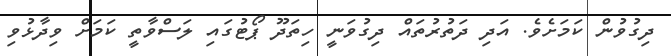
ދިގުވުން ކަމަށެވެ. އަދި ދަތުރުތައް ދިގުވަނީ ހިތަދޫ ޕޯޓުގައި ލަސްވާތީ ކަމަށް ވިދާޅުވި